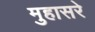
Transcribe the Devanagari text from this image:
मुहासरे